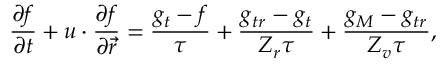
\frac { \partial f } { \partial t } + \boldsymbol { u } \cdot \frac { \partial f } { \partial \vec { r } } = \frac { g _ { t } - f } { \tau } + \frac { g _ { t r } - g _ { t } } { Z _ { r } \tau } + \frac { g _ { M } - g _ { t r } } { Z _ { v } \tau } ,